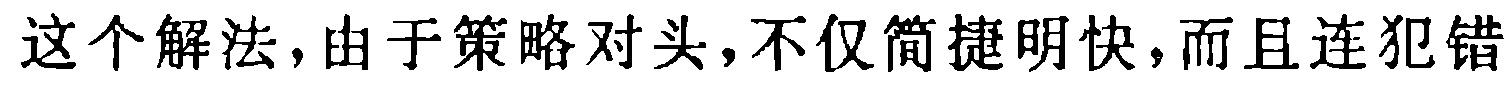
这个解法，由于策略对头，不仅简捷明快，而且连犯错